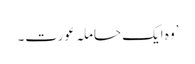
’وہ ایک حاملہ عورت۔